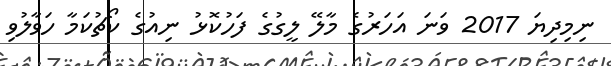
ނިމިދިޔަ 2017 ވަނަ އަހަރުގެ މާލޭ ލީގުގެ ފަހުކޮޅު ނިއުގެ ކޯޗުކަމާ ހަވާލުވި